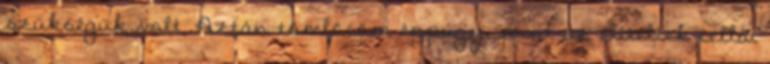
szükségük volt. Aztán tömlöcöm éppúgy, mint az elítéltek cellái